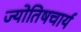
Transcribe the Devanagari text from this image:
ज्योतिषचार्य